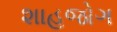
શાહજોગ